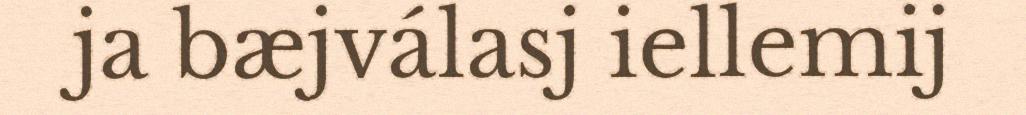
ja bæjválasj iellemij